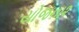
યોજના૨